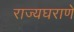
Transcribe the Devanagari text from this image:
राज्यघराणे